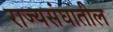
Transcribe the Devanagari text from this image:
राज्यसंघातील